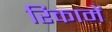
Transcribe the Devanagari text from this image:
रिकामें